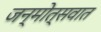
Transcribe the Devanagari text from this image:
जन्मोत्सवात